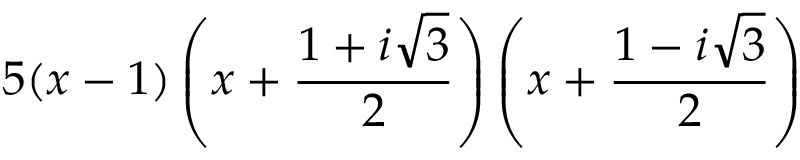
5 ( x - 1 ) \left( x + { \frac { 1 + i { \sqrt { 3 } } } { 2 } } \right) \left( x + { \frac { 1 - i { \sqrt { 3 } } } { 2 } } \right)